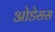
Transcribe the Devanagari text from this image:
ओडेसस